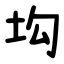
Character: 㘬